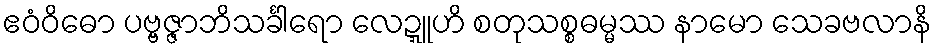
ဧဝံဝိဓော ပဗ္ဗဇ္ဇာဘိသင်္ခါရော လေဍ္ဍူဟိ စတုသစ္စဓမ္မဿ နာမော သေခဗလာနိ